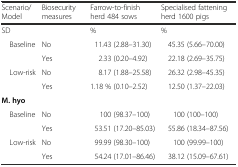
<table><thead><tr><td><b>Scenario/Model</b></td><td><b>Biosecurity measures</b></td><td><b>Farrow-to-finish herd 484 sows</b></td><td><b>Specialised fattening herd 1600 pigs</b></td></tr></thead><tbody><tr><td>SD</td><td></td><td>%</td><td>%</td></tr><tr><td rowspan="2"> Baseline</td><td>No</td><td>11.43 (2.88–31.30)</td><td>45.35 (5.66–70.00)</td></tr><tr><td>Yes</td><td>2.33 (0.20–4.92)</td><td>22.18 (2.69–35.75)</td></tr><tr><td rowspan="2"> Low-risk</td><td>No</td><td>8.17 (1.88–25.58)</td><td>26.32 (2.98–45.35)</td></tr><tr><td>Yes</td><td>1.18 % (0.10–2.52)</td><td>12.50 (1.37–22.03)</td></tr><tr><td colspan="4"><b>M. hyo</b></td></tr><tr><td> Baseline</td><td>No</td><td>100 (98.37–100)</td><td>100 (100–100)</td></tr><tr><td></td><td>Yes</td><td>53.51 (17.20–85.03)</td><td>55.86 (18.34–87.56)</td></tr><tr><td rowspan="2"> Low-risk</td><td>No</td><td>99.99 (98.30–100)</td><td>100 (99.99–100)</td></tr><tr><td>Yes</td><td>54.24 (17.01–86.46)</td><td>38.12 (15.09–67.61)</td></tr></tbody></table>